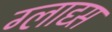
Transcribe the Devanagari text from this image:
ग्लाद्य्स